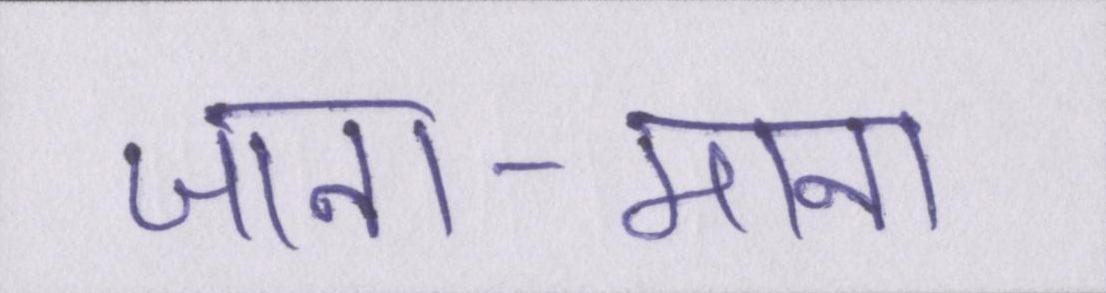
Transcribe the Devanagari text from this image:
जाना-माना